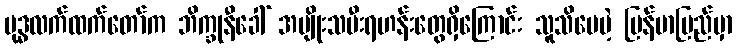
ဗုဒ္ဓလက်ထက်တော်က ဘိက္ခုနီခေါ် အမျိုးသမီးရဟန်းတွေရှိကြောင်း သူသိပေမဲ့ မြန်မာပြည်မှာ